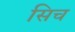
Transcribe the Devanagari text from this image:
सिच